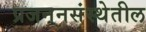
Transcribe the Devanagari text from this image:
प्रजननसंस्थेतील